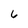
Character: 6